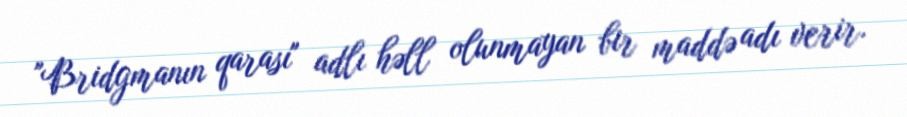
"Bridgmanın qarası" adlı həll olunmayan bir maddə adı verir.